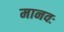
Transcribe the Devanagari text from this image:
मानवः